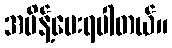
အမိန့်ပေးရပါတယ်။